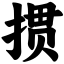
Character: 掼